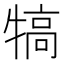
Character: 犒